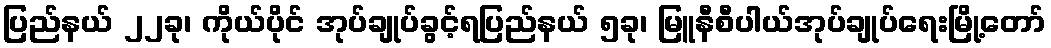
ပြည်နယ် ၂၂ခု၊ ကိုယ်ပိုင် အုပ်ချုပ်ခွင့်ရပြည်နယ် ၅ခု၊ မြူနီစီပါယ်အုပ်ချုပ်ရေးမြို့တော်